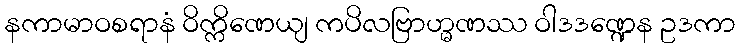
နကာမာဝစရာနံ ဝိက္ကိဏေယျ ကပိလဗြာဟ္မဏဿ ဝါဒဒဏ္ဍေန ဥဒကာ